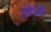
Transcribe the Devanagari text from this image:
ओप्रह